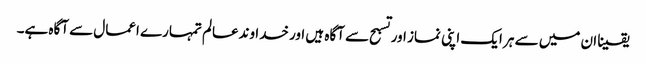
یقینا ان میں سے ہر ایک اپنی نماز اور تسبح سے آگاہ ہیں اور خدا وندعالم تمہارے اعمال سے آگاہ ہے۔